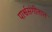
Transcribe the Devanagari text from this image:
पार्श्वसंगीतात